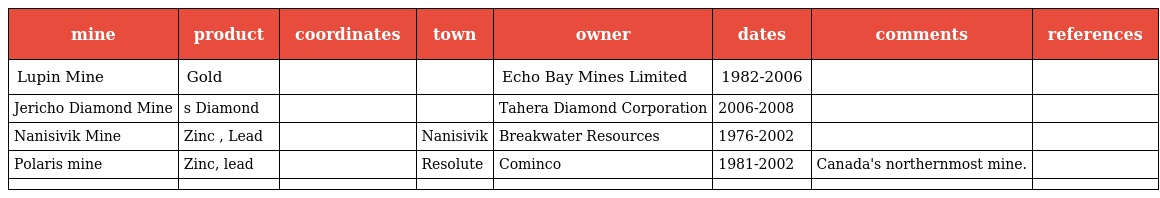
| mine | product | coordinates | town | owner | dates | comments | references |
 | --- | --- | --- | --- | --- | --- | --- | --- |
 | Lupin Mine | Gold |  |  | Echo Bay Mines Limited | 1982-2006 |  |  |
 | Jericho Diamond Mine | s Diamond |  |  | Tahera Diamond Corporation | 2006-2008 |  |  |
 | Nanisivik Mine | Zinc , Lead |  | Nanisivik | Breakwater Resources | 1976-2002 |  |  |
 | Polaris mine | Zinc, lead |  | Resolute | Cominco | 1981-2002 | Canada's northernmost mine. |  |
 |  |  |  |  |  |  |  |  |